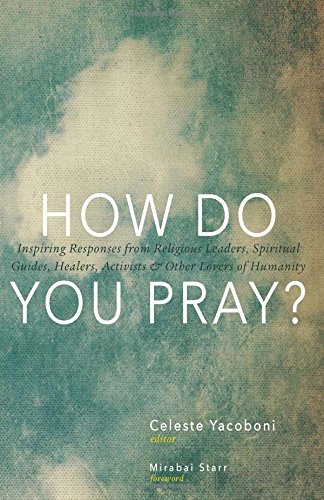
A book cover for How Do You Pray?: Inspiring Responses from Religious Leaders, Spiritual Guides, Healers, Activists and Other Lovers of Humanity; Religion & Spirituality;